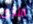
الأذى